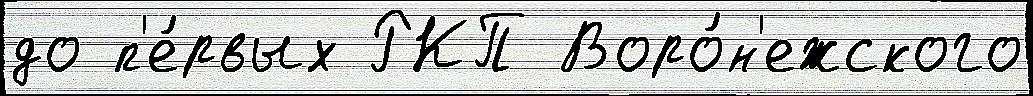
до п'е́рвых РКП Воро́н'ежского